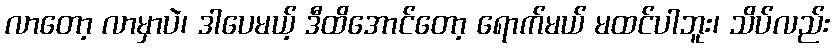
လာတော့ လာမှာပဲ၊ ဒါပေမယ့် ဒီထိအောင်တော့ ရောက်မယ် မထင်ပါဘူး၊ သိပ်လည်း